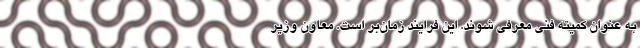
به عنوان کمیته فنی معرفی شوند. این فرایند زمان‌بر است. معاون وزیر